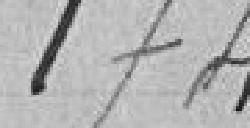
174